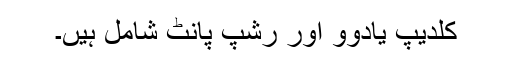
کلدیپ یادوو اور رشپ پانٹ شامل ہیں۔